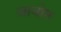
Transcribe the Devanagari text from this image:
जावोन